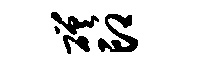
磋印